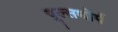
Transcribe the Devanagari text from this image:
वूल्सथोर्प